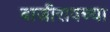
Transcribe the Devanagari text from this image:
बाजीरावच्या